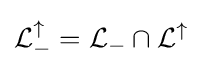
{\mathcal {L}}_{-}^{\uparrow }={\mathcal {L}}_{-}\cap {\mathcal {L}}^{\uparrow }